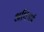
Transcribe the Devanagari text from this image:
अधिभर्म